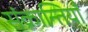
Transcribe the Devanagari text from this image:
संक्रान्तियाँ